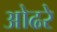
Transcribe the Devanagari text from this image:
ओढरे